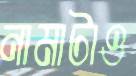
নামাটাও